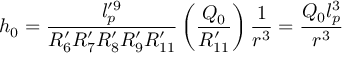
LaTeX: h _ { 0 } = \frac { l _ { p } ^ { \prime 9 } } { R _ { 6 } ^ { \prime } R _ { 7 } ^ { \prime } R _ { 8 } ^ { \prime } R _ { 9 } ^ { \prime } R _ { 1 1 } ^ { \prime } } \left( \frac { Q _ { 0 } } { R _ { 1 1 } ^ { \prime } } \right) \frac { 1 } { r ^ { 3 } } = \frac { Q _ { 0 } l _ { p } ^ { 3 } } { r ^ { 3 } }